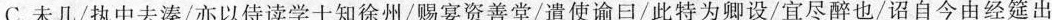
C.未儿/执中去深/亦以侍读学士知徐州/赐宴资善堂/遣使谕日/此特为卿设/宜尽醉也/诏自今由经筵出